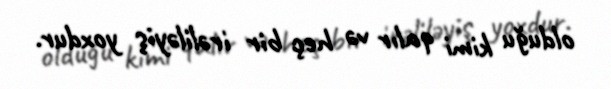
olduğu kimi qalır və heç bir irəliləyiş yoxdur.